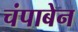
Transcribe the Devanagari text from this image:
चंपाबेन